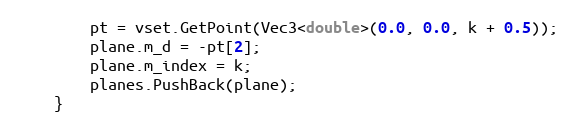
Language: C++
        pt = vset.GetPoint(Vec3<double>(0.0, 0.0, k + 0.5));
        plane.m_d = -pt[2];
        plane.m_index = k;
        planes.PushBack(plane);
    }